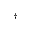
^ { \dagger }